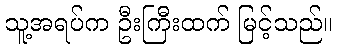
သူ့အရပ်က ဦးကြီးထက် မြင့်သည်။